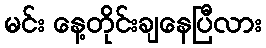
မင်း နေ့တိုင်းချနေပြီလား